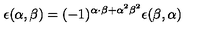
\epsilon ( \alpha , \beta ) = ( - 1 ) ^ { \alpha \cdot \beta + { \alpha } ^ { 2 } { \beta } ^ { 2 } } \epsilon ( \beta , \alpha )